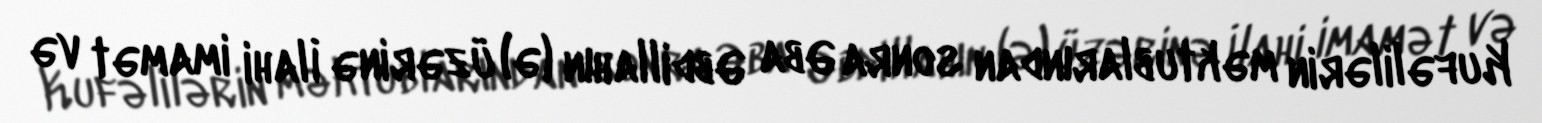
Kufəlilərin məktublarından sonra Əba Əbdillahın (ə) üzərinə İlahi imamət və